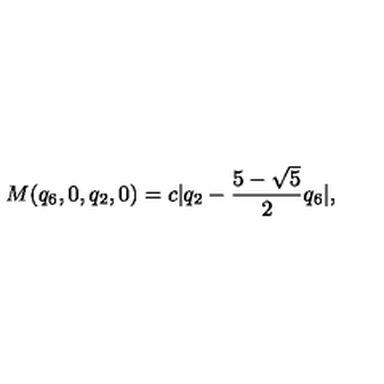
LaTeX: M ( { q _ { 6 } , 0 , q _ { 2 } , 0 } ) = c | q _ { 2 } - \frac { 5 - \sqrt { 5 } } { 2 } q _ { 6 } | ,